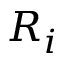
R _ { i }